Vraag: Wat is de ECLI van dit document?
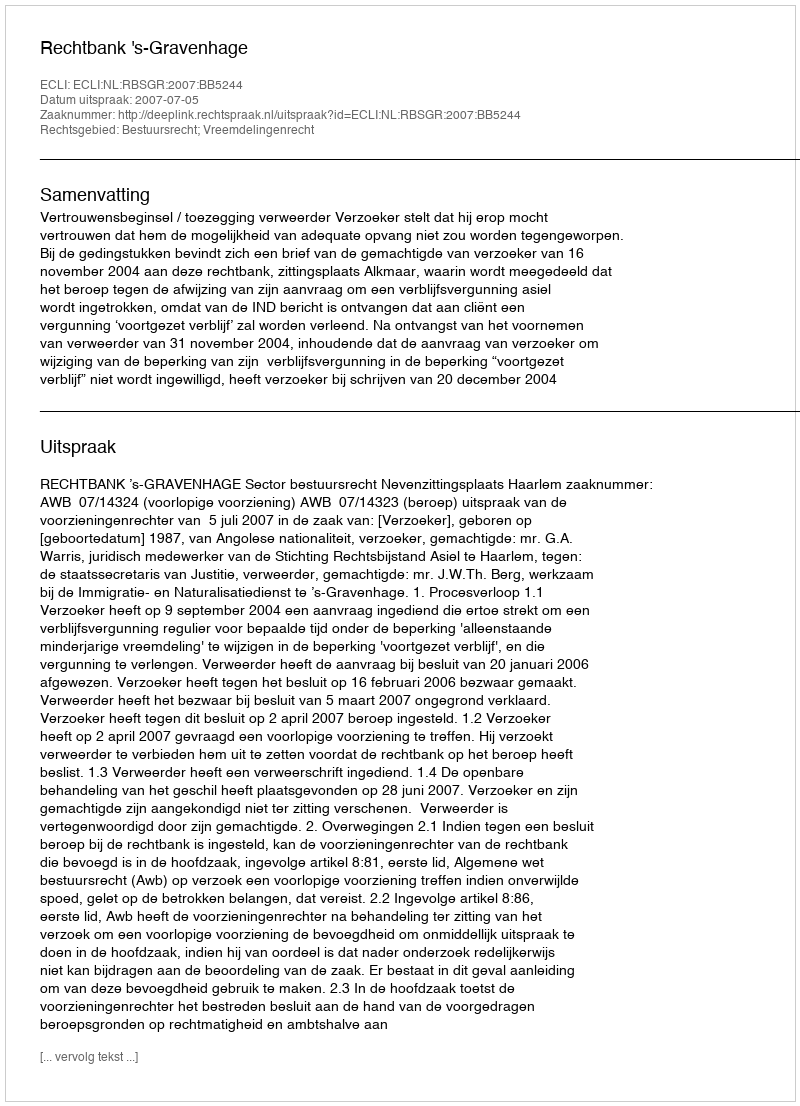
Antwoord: ECLI:NL:RBSGR:2007:BB5244